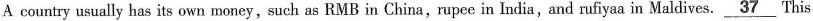
A country usually has its own money,such as RMB in China,rupee in India,and rufiyaa in Maldives.\underline{37} This